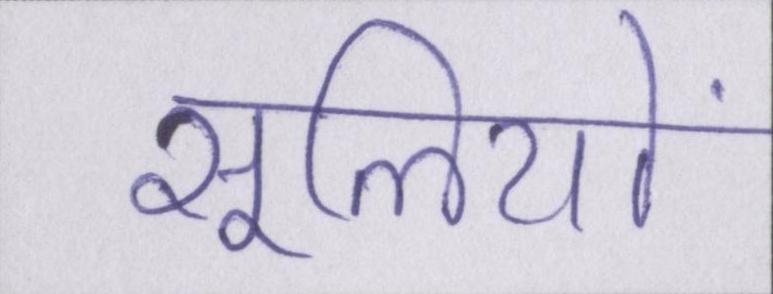
सूलियों